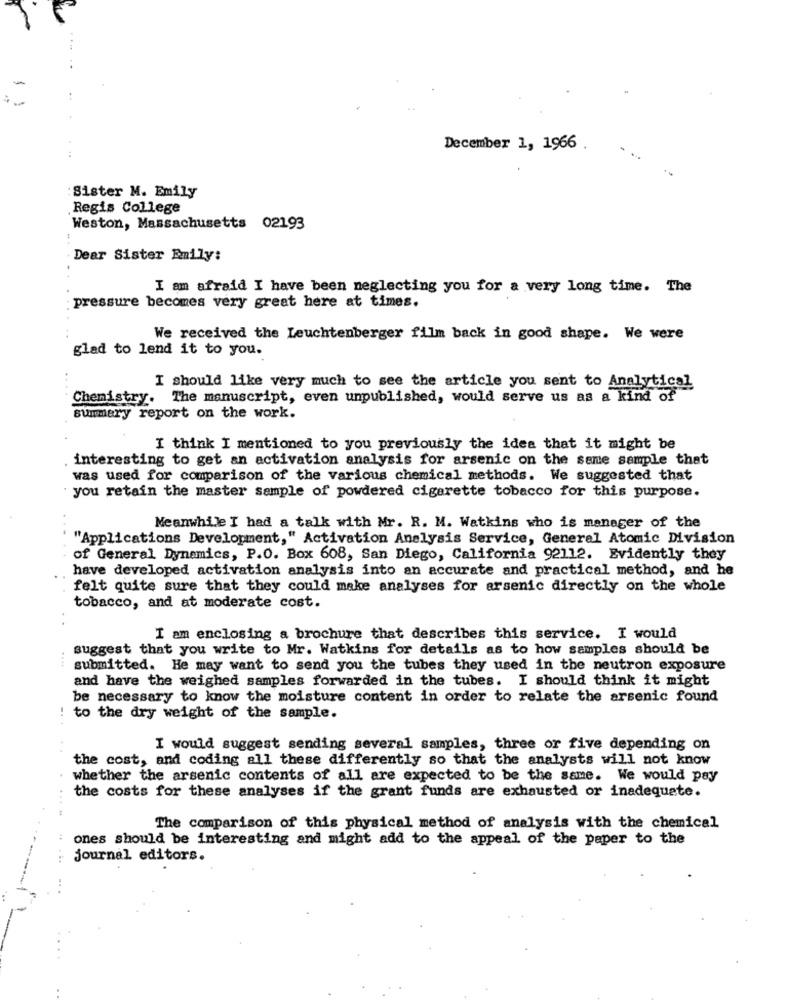
December 1, 1966.
Sister M. Emily
Regis College
Weston, Massachusetts 02193
Dear Sister Emily:
I am afraid I have been neglecting you for a very long time. The
pressure becomes very great here at times.
We received the Leuchtenberger film back in good shape. We were
glad to lend it to you.
I should like very much to see the article you sent to Analytical
Chemistry. The manuscript, even unpublished, would serve us as a kind of
summery report on the work.
I think I mentioned to you previously the idea that it might be
interesting to get an activation analysis for arsenic on the same sample that
was used for comparison of the various chemical methods. We suggested that
you retain the master sample of powdered cigarette tobacco for this purpose.
Meanwhile I had a talk with Mr. R. M. Watkins who is manager of the
"Applications Development," Activation Analysis Service, General Atomic Division
of General Dynamics, P.O. Box 608, San Diego, California 92112. Evidently they
have developed activation analysis into an accurate and practical method, and he
felt quite sure that they could make analyses for arsenic directly on the whole
tobacco, and at moderate cost.
I am enclosing a brochure that describes this service. I would
suggest that you write to Mr. Watkins for details as to how samples should be
submitted. He may want to send you the tubes they used in the neutron exposure
and have the weighed samples forwarded in the tubes. I should think it might
be necessary to know the moisture content in order to relate the arsenic found
to the dry weight of the sample.
I would suggest sending several samples, three or five depending on
the cost, and coding all these differently so that the analysts will not know
whether the arsenic contents of all are expected to be the same. We would pay
the costs for these analyses if the grant funds are exhausted or inadequate.
.....
The comparison of this physical method of analysis with the chemical
ones should be interesting and might add to the appeal of the paper to the
.. ...
journal editors.